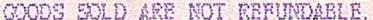
GOODS SOLD ARE NOT REFUNDABLE,